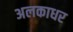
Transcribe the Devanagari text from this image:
अलकाधर